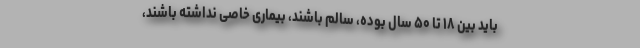
باید بین ۱۸ تا ۵۰ سال بوده، سالم باشند، بیماری خاصی نداشته باشند،